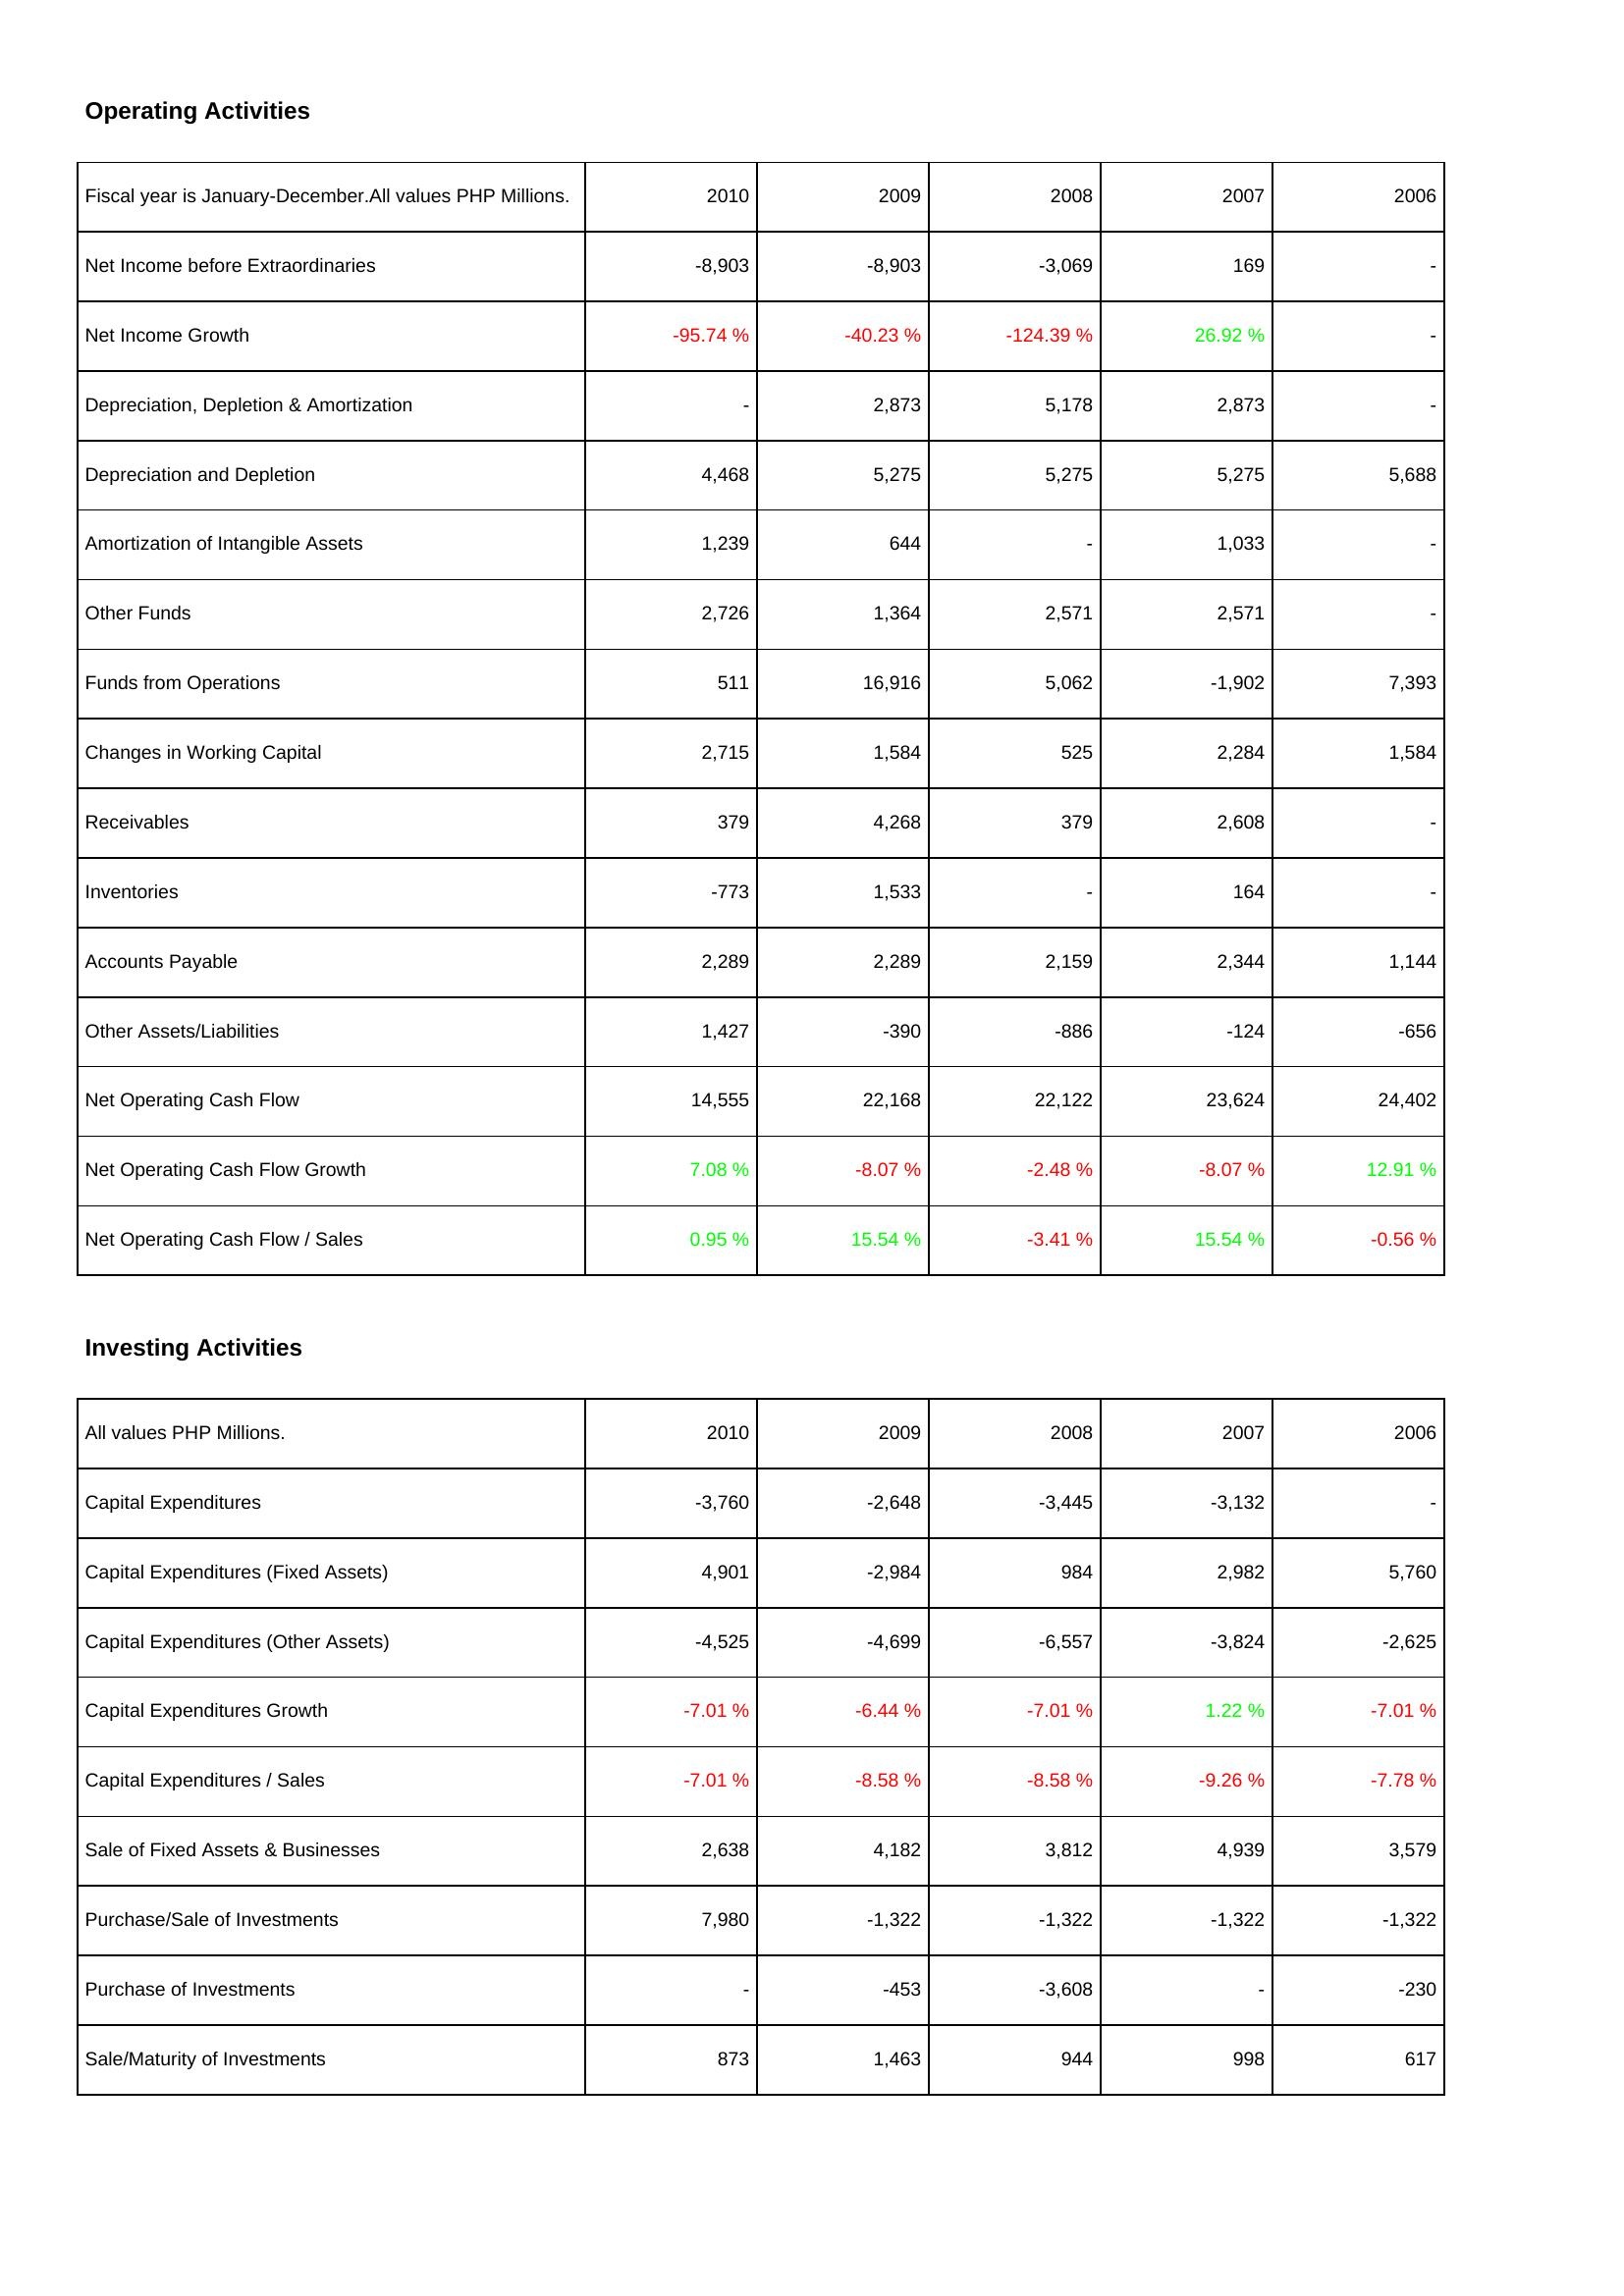
2010: Operating Activities: Net Income before Extraordinaries: -8,903
Net Income Growth: -95.74 %
Depreciation, Depletion & Amortization: -
Depreciation and Depletion: 4,468
Amortization of Intangible Assets: 1,239
Other Funds: 2,726
Funds from Operations: 511
Changes in Working Capital: 2,715
Receivables: 379
Inventories: -773
Accounts Payable: 2,289
Other Assets/Liabilities: 1,427
Net Operating Cash Flow: 14,555
Net Operating Cash Flow Growth: 7.08 %
Net Operating Cash Flow / Sales: 0.95 %
Investing Activities: Capital Expenditures: -3,760
Capital Expenditures (Fixed Assets): 4,901
Capital Expenditures (Other Assets): -4,525
Capital Expenditures Growth: -7.01 %
Capital Expenditures / Sales: -7.01 %
Sale of Fixed Assets & Businesses: 2,638
Purchase/Sale of Investments: 7,980
Purchase of Investments: -
Sale/Maturity of Investments: 873
2009: Operating Activities: Net Income before Extraordinaries: -8,903
Net Income Growth: -40.23 %
Depreciation, Depletion & Amortization: 2,873
Depreciation and Depletion: 5,275
Amortization of Intangible Assets: 644
Other Funds: 1,364
Funds from Operations: 16,916
Changes in Working Capital: 1,584
Receivables: 4,268
Inventories: 1,533
Accounts Payable: 2,289
Other Assets/Liabilities: -390
Net Operating Cash Flow: 22,168
Net Operating Cash Flow Growth: -8.07 %
Net Operating Cash Flow / Sales: 15.54 %
Investing Activities: Capital Expenditures: -2,648
Capital Expenditures (Fixed Assets): -2,984
Capital Expenditures (Other Assets): -4,699
Capital Expenditures Growth: -6.44 %
Capital Expenditures / Sales: -8.58 %
Sale of Fixed Assets & Businesses: 4,182
Purchase/Sale of Investments: -1,322
Purchase of Investments: -453
Sale/Maturity of Investments: 1,463
2008: Operating Activities: Net Income before Extraordinaries: -3,069
Net Income Growth: -124.39 %
Depreciation, Depletion & Amortization: 5,178
Depreciation and Depletion: 5,275
Amortization of Intangible Assets: -
Other Funds: 2,571
Funds from Operations: 5,062
Changes in Working Capital: 525
Receivables: 379
Inventories: -
Accounts Payable: 2,159
Other Assets/Liabilities: -886
Net Operating Cash Flow: 22,122
Net Operating Cash Flow Growth: -2.48 %
Net Operating Cash Flow / Sales: -3.41 %
Investing Activities: Capital Expenditures: -3,445
Capital Expenditures (Fixed Assets): 984
Capital Expenditures (Other Assets): -6,557
Capital Expenditures Growth: -7.01 %
Capital Expenditures / Sales: -8.58 %
Sale of Fixed Assets & Businesses: 3,812
Purchase/Sale of Investments: -1,322
Purchase of Investments: -3,608
Sale/Maturity of Investments: 944
2007: Operating Activities: Net Income before Extraordinaries: 169
Net Income Growth: 26.92 %
Depreciation, Depletion & Amortization: 2,873
Depreciation and Depletion: 5,275
Amortization of Intangible Assets: 1,033
Other Funds: 2,571
Funds from Operations: -1,902
Changes in Working Capital: 2,284
Receivables: 2,608
Inventories: 164
Accounts Payable: 2,344
Other Assets/Liabilities: -124
Net Operating Cash Flow: 23,624
Net Operating Cash Flow Growth: -8.07 %
Net Operating Cash Flow / Sales: 15.54 %
Investing Activities: Capital Expenditures: -3,132
Capital Expenditures (Fixed Assets): 2,982
Capital Expenditures (Other Assets): -3,824
Capital Expenditures Growth: 1.22 %
Capital Expenditures / Sales: -9.26 %
Sale of Fixed Assets & Businesses: 4,939
Purchase/Sale of Investments: -1,322
Purchase of Investments: -
Sale/Maturity of Investments: 998
2006: Operating Activities: Net Income before Extraordinaries: -
Net Income Growth: -
Depreciation, Depletion & Amortization: -
Depreciation and Depletion: 5,688
Amortization of Intangible Assets: -
Other Funds: -
Funds from Operations: 7,393
Changes in Working Capital: 1,584
Receivables: -
Inventories: -
Accounts Payable: 1,144
Other Assets/Liabilities: -656
Net Operating Cash Flow: 24,402
Net Operating Cash Flow Growth: 12.91 %
Net Operating Cash Flow / Sales: -0.56 %
Investing Activities: Capital Expenditures: -
Capital Expenditures (Fixed Assets): 5,760
Capital Expenditures (Other Assets): -2,625
Capital Expenditures Growth: -7.01 %
Capital Expenditures / Sales: -7.78 %
Sale of Fixed Assets & Businesses: 3,579
Purchase/Sale of Investments: -1,322
Purchase of Investments: -230
Sale/Maturity of Investments: 617